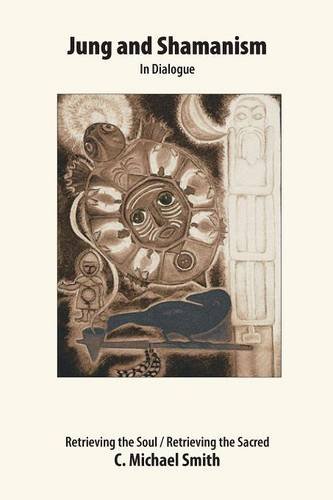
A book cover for Jung and Shamanism in Dialogue: Retrieving the Soul / Retrieving the Sacred; C. Michael Smith; Medical Books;